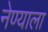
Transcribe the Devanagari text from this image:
नेण्याला